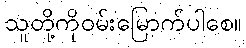
သူတို့ကိုဝမ်းမြောက်ပါစေ။